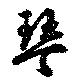
琴